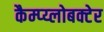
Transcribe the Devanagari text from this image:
कैम्प्य्लोबक्टेर